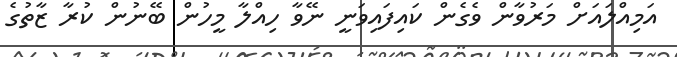
އަމިއްލަަައަށް މަރުވާން ވެގެން ކައިފައިވަނީ ނޭވާ ހިއްލާ މީހުން ބޭނުން ކުރާ ޒާތުގެ